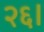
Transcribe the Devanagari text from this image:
२६।